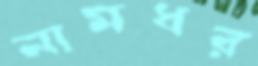
নামধর